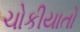
ચોકીયાતો